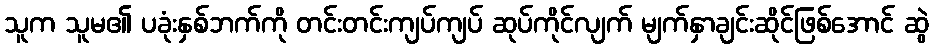
သူက သူမ၏ ပခုံးနှစ်ဘက်ကို တင်းတင်းကျပ်ကျပ် ဆုပ်ကိုင်လျက် မျက်နှာချင်းဆိုင်ဖြစ်အောင် ဆွဲ